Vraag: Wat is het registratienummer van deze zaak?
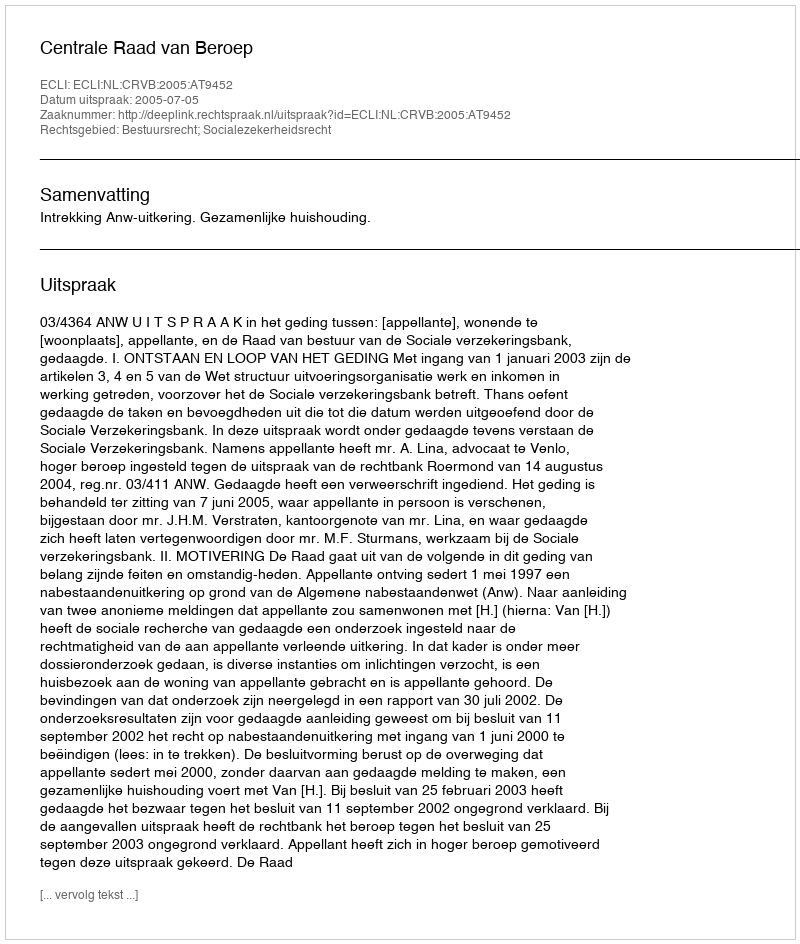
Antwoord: http://deeplink.rechtspraak.nl/uitspraak?id=ECLI:NL:CRVB:2005:AT9452